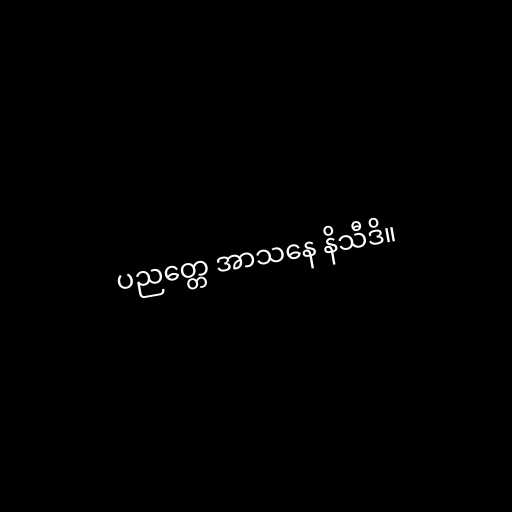
ပညတ္တေ အာသနေ နိသီဒိ။